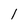
Character: 1